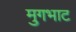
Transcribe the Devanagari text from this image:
मुगभाट